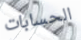
الحسابات